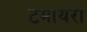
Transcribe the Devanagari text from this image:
टमायरा